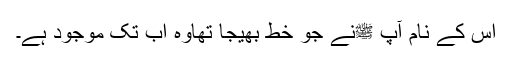
اس کے نام آپ ﷺنے جو خط بھیجا تھاوہ اب تک موجود ہے۔